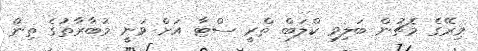
މިރޭގެ މެޗުން ބަލިވި ކްލަބް ތްރީ ސްޓާ އަށް ވަނީ މުބާރާތުގެ ތިން